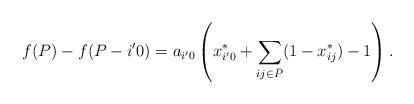
LaTeX: \begin{align*}f(P) - f(P - i'0) = a_{i'0} \left( x^*_{i'0} + \sum_{ij \in \bar P} (1-x^*_{ij}) - 1 \right).\end{align*}